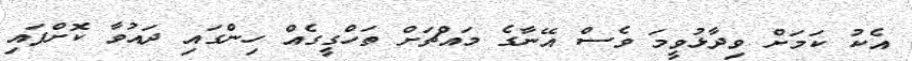
އެކު ކަމަށް ވިދާޅުވީމަ ވެސް އޭނާގެ މައްޗަށް ތަހްގީގެއް ހިންގައި ދައުވާ ކޮށްފައި